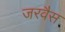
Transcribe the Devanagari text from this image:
जरवैस